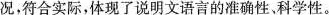
况，符合实际，体现了说明文语言的准确性科学性。